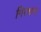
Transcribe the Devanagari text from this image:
गिरधन